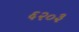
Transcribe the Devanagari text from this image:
६२०३